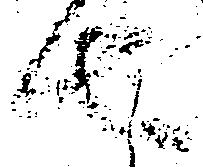
者